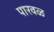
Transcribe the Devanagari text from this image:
पारवळ